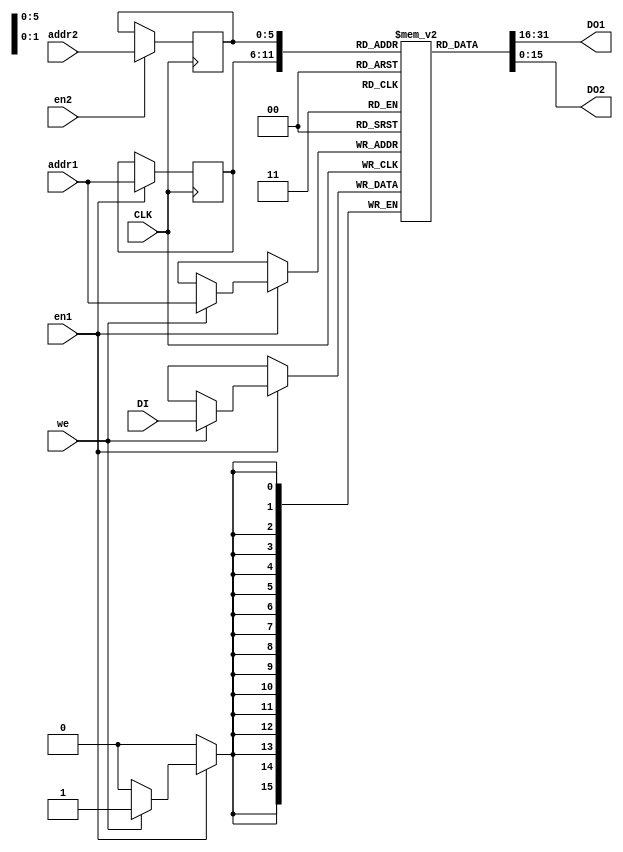
`timescale 1ns / 1ps

module dualPort_RAM_enableOnEachPort(
    input CLK,
    input we,
    input en1,
    input en2,
    input [5:0] addr1,
    input [5:0] addr2,
    input [15:0] DI,
    output [15:0] DO1,
    output [15:0] DO2
    );
	 
	 reg [15:0] RAM [63:0];
	 reg [5:0] read_addr1, read_addr2;
	 
	 always @ (posedge CLK) begin
		if (en1) begin
			if (we)
				RAM [addr1] <= DI;
			read_addr1 <= addr1;
		end
		if (en2)
			read_addr2 <= addr2;
	 end
	 
	 assign DO1 = RAM[read_addr1];
	 assign DO2 = RAM[read_addr2];

endmodule